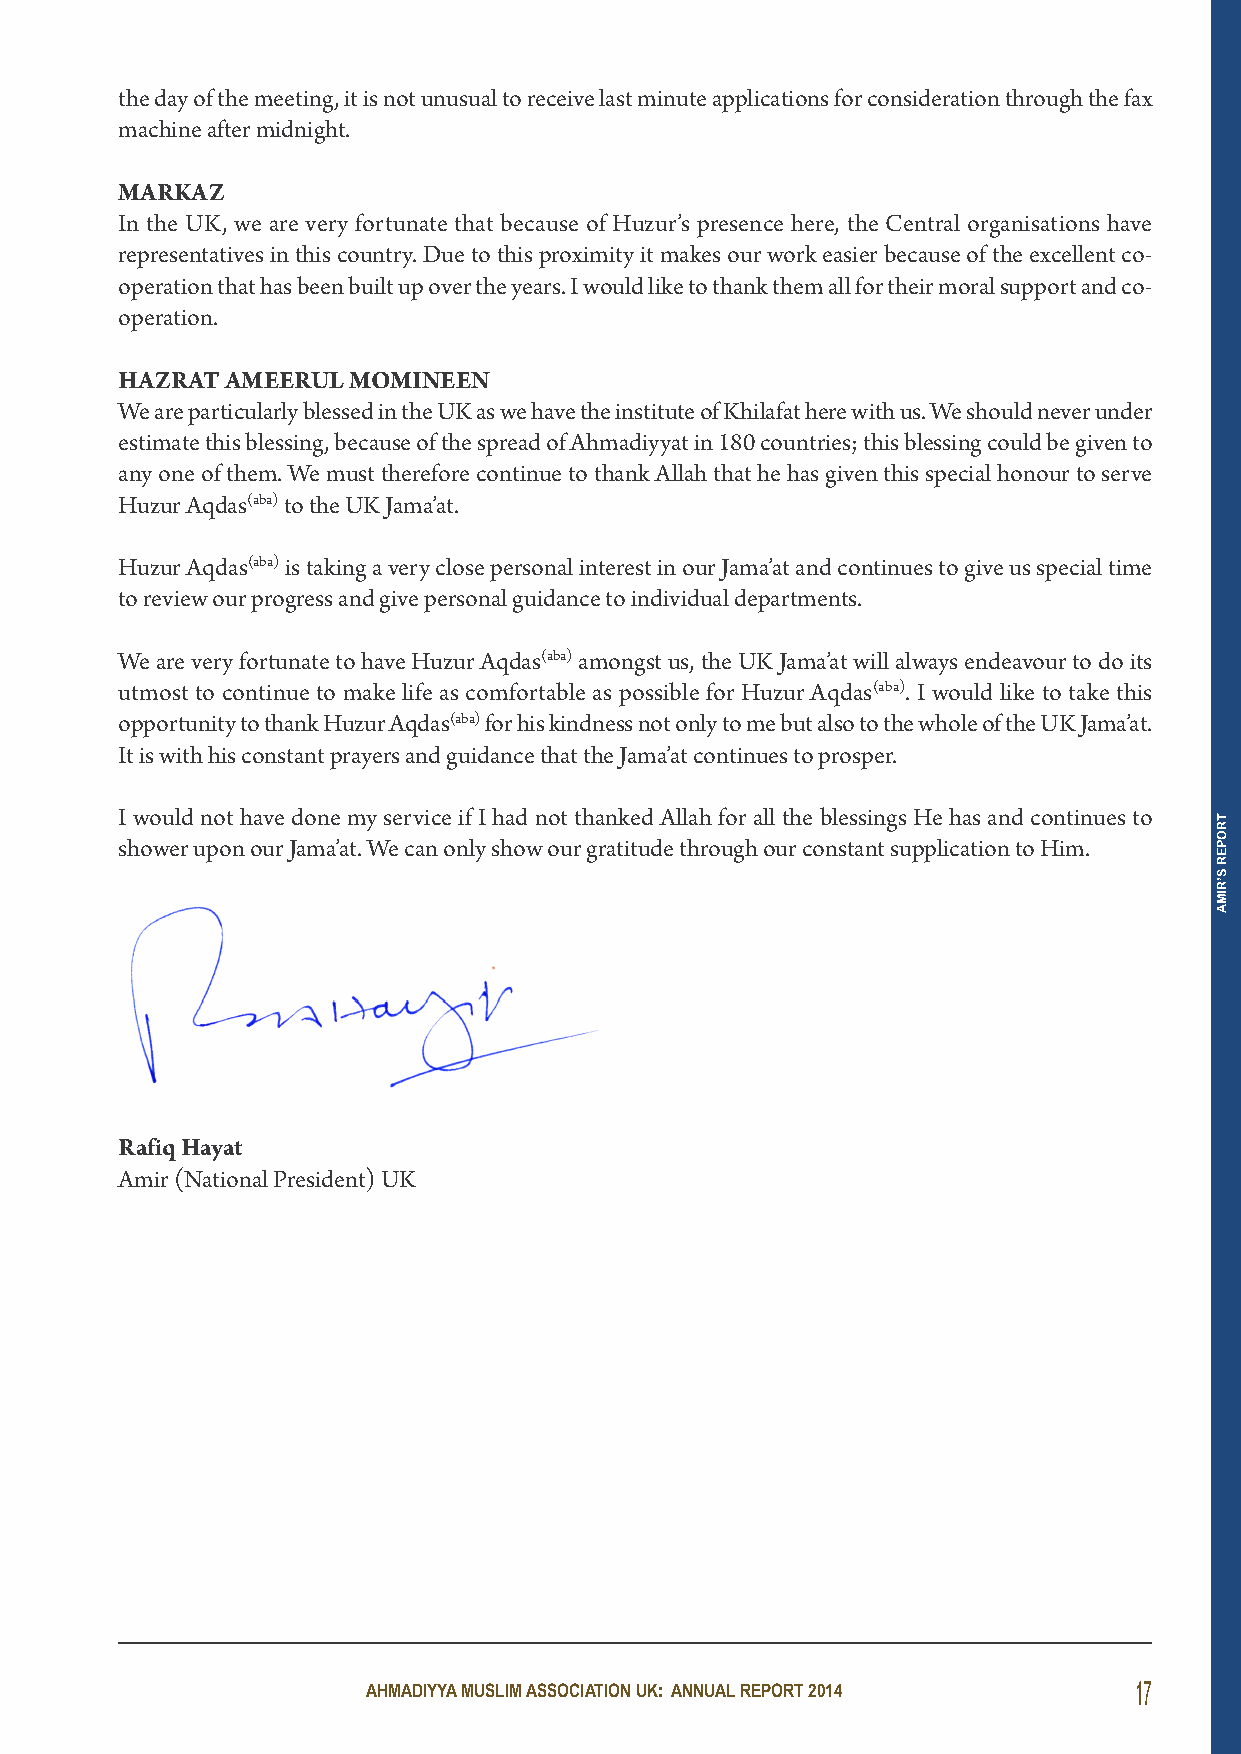
the day of the meeting, it is not unusual to receive last minute applications for consideration through the fax
 machine after midnight.
 MARKAZ
 In the UK, we are very fortunate that because of Huzur’s presence here, the Central organisations have
 representatives in this country. Due to this proximity it makes our work easier because of the excellent co-
 operation that has been built up over the years. I would like to thank them all for their moral support and co-
 operation.
 HAZRAt AMeeRUl MoMineen
 We are particularly blessed in the UK as we have the institute of Khilafat here with us. We should never under
 estimate this blessing, because of the spread of Ahmadiyyat in 180 countries; this blessing could be given to
 any one of them. We must therefore continue to thank Allah that he has given this special honour to serve
 Huzur Aqdas(aba)to the UK Jama’at.
 Huzur Aqdas(aba)is taking a very close personal interest in our Jama’at and continues to give us special time
 to review our progress and give personal guidance to individual departments.
 We are very fortunate to have Huzur Aqdas(aba)amongst us, the UK Jama’at will always endeavour to do its
 utmost to continue to make life as comfortable as possible for Huzur Aqdas(aba). I would like to take this
 opportunity to thank Huzur Aqdas(aba)for his kindness not only to me but also to the whole of the UK Jama’at.
 It is with his constant prayers and guidance that the Jama’at continues to prosper.
 I would not have done my service if I had not thanked Allah for all the blessings He has and continues to
 shower upon our Jama’at. We can only show our gratitude through our constant supplication to Him.
 Rafiq Hayat
 Amir (National President) UK
 AHMADIYYA MUSLIM ASSOCIATION UK: ANNUAL REPORT 2014 17
 TROPER
 S’RIMA